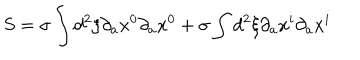
LaTeX: S = \sigma \int d ^ { 2 } \xi \partial _ { a } x ^ { 0 } \partial _ { a } x ^ { 0 } + \sigma \int d ^ { 2 } \xi \partial _ { a } x ^ { i } \partial _ { a } x ^ { i }